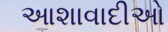
આશાવાદીઓ